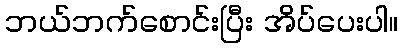
ဘယ်ဘက်စောင်းပြီး အိပ်ပေးပါ။